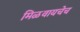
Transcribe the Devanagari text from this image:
मिळवायचेच